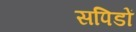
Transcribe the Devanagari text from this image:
सपिडों